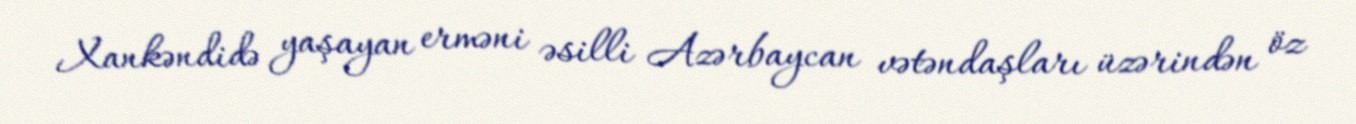
Xankəndidə yaşayan erməni əsilli Azərbaycan vətəndaşları üzərindən öz